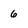
Character: 6